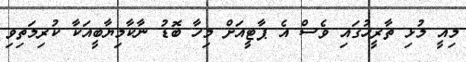
މިއީ މުޅި ތާރީހުގައި ވެސް އެ ޕާޓީއަށް މިހާ ބޮޑު ނާކާމިޔާބީއަކާ ކުރިމަތިވި